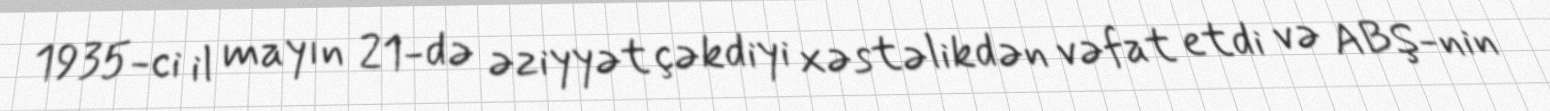
1935-ci il mayın 21-də əziyyət çəkdiyi xəstəlikdən vəfat etdi və ABŞ-nin